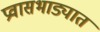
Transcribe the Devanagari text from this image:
प्रवासभाड्यात